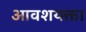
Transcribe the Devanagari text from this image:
आवशयक्ता